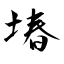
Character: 堾